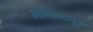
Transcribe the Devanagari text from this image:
गोविन्‍दपुर